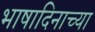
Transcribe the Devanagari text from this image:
भाषादिनाच्या